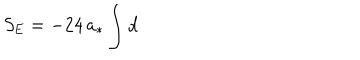
S _ { \mathrm { E } } = - 2 4 \, a _ { * } \int \mathrm { d }